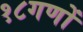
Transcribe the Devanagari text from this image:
१८गणों